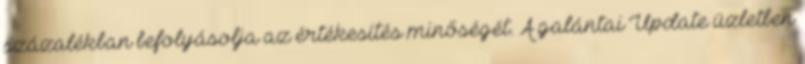
százalékban befolyásolja az értékesítés minőségét. A galántai Update üzletben